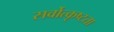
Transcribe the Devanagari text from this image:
सर्वोत्कृष्टता